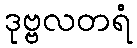
ဒုဗ္ဗလတရံ